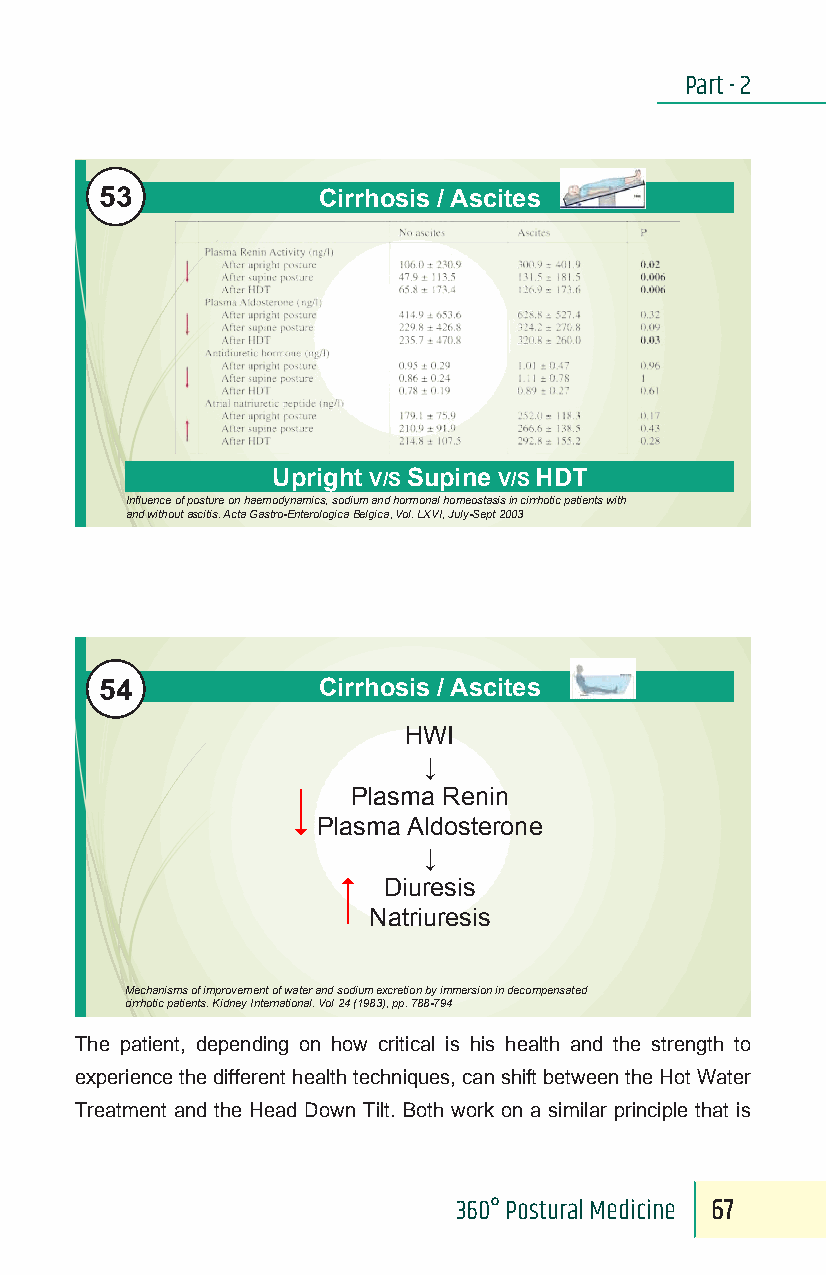
Part - 2
 53
 Cirrhosis / Ascites
 Upright V/S Supine V/S HDT
 Influence of posture on haemodynamics, sodium and hormonal homeostasis in cirrhotic patients with
 and without ascitis. Acta Gastro-EnterologicaBelgica, Vol. LXVI, July-Sept 2003
 54
 Cirrhosis / Ascites
 HWI
 ↓
 Plasma Renin
 Plasma Aldosterone
 ↓
 Diuresis
 Natriuresis
 Mechanisms of improvement of water and sodium excretion by immersion in decompensated
 cirrhotic patients. Kidney International. Vol 24 (1983), pp. 788-794
 The patient, depending on how critical is his health and the strength to
 experience the different health techniques, can shift between the Hot Water
 Treatment and the Head Down Tilt. Both work on a similar principle that is
 360° Postural Medicine 67